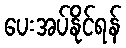
ပေးအပ်နိုင်ရန်